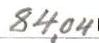
84,04